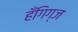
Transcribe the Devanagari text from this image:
हँगिग्ज